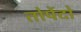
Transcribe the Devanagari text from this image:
तोर्पेदो